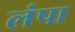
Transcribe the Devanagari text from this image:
लंपा